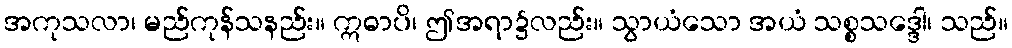
အကုသလာ၊ မည်ကုန်သနည်း။ ဣဓာပိ၊ ဤအရာ၌လည်း။ သွာယံသော အယံ သစ္စသဒ္ဒေါ၊ သည်။